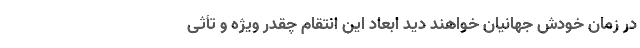
در زمان خودش جهانیان خواهند دید ابعاد این انتقام چقدر ویژه و تأثی